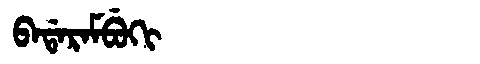
Manchu: ᠪᠠᡩᠠᡵᠠᠮᠪᡠᡴᡳ
Romanization: BADARAMBUKI